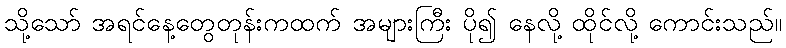
သို့သော် အရင်နေ့တွေတုန်းကထက် အများကြီး ပို၍ နေလို့ ထိုင်လို့ ကောင်းသည်။